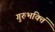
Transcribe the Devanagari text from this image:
गुरुभक्तिं